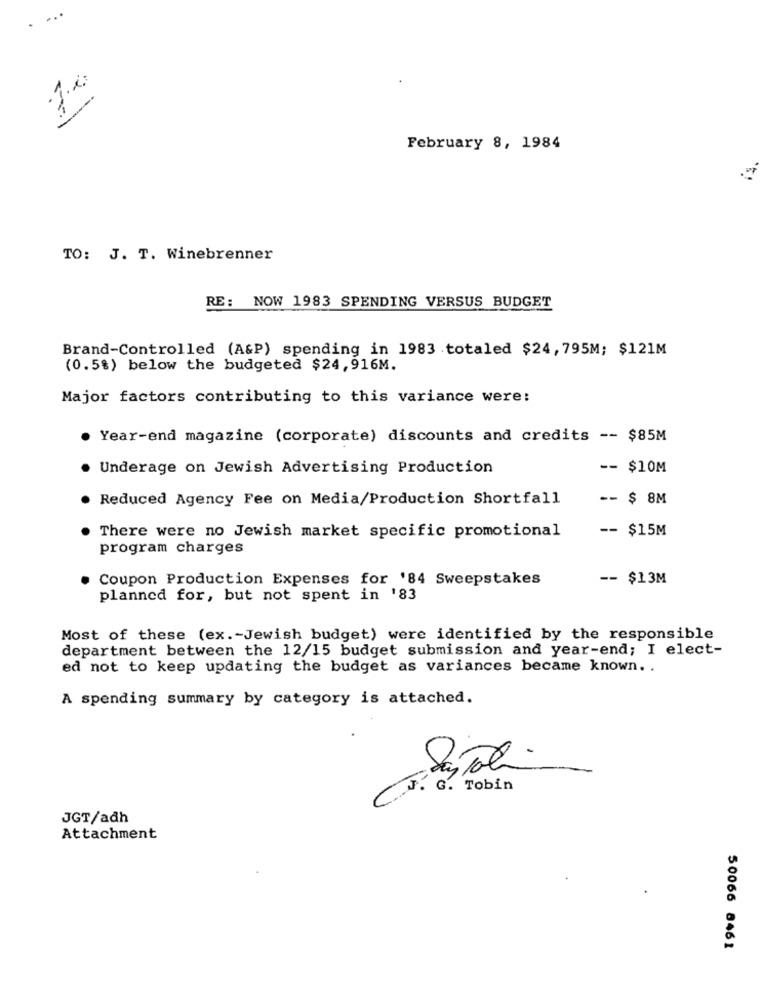
. ...
February 8, 1984
TO: J. T. Winebrenner
RE: NOW 1983 SPENDING VERSUS BUDGET
Brand-Controlled (A&P) spending in 1983 totaled $24,795M; $121M
(0.5%) below the budgeted $24,916M.
Major factors contributing to this variance were:
Year-end magazine (corporate) discounts and credits -- $85M
Underage on Jewish Advertising Production
-- $10M
Reduced Agency Fee on Media/Production Shortfall
-- $ 8M
-- $15M
There were no Jewish market specific promotional
program charges
Coupon Production Expenses for '84 Sweepstakes
-- $13M
planned for, but not spent in '83
Most of these (ex. - Jewish budget) were identified by the responsible
department between the 12/15 budget submission and year-end; I elect-
ed not to keep updating the budget as variances became known. .
A spending summary by category is attached.
J. G. Tobin
JGT/adh
Attachment
50066 8461